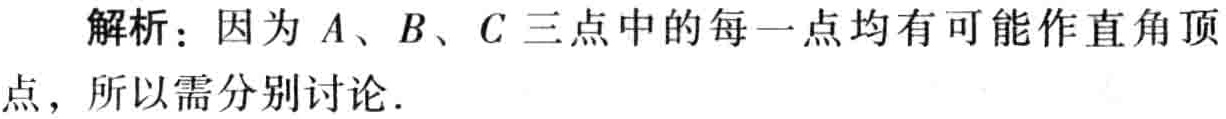
解析：因为\(A、B、C\)三点中的每一点均有可能作直角顶点，所以需分别讨论．